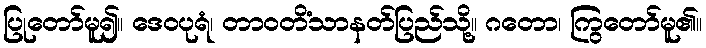
ပြုတော်မူ၍။ ဒေဝပုရံ၊ တာဝတိံသာနတ်ပြည်သို့။ ဂတော၊ ကြွတော်မူ၏။